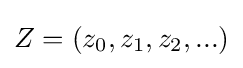
Z=(z_{0},z_{1},z_{2},...)